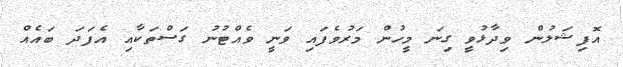
އޮފިޝަލުން ވިދާޅުވީ ގިނަ މީހުން މަރުވެފައި ވަނީ ވެއްޓުނު ގަސްތަކާއި އެފަދަ ބައެއް